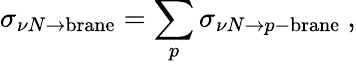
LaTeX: \sigma_{\nu N\to\mathrm{brane}}=\sum_{p}\sigma_{\nu N\to p\mathrm{-brane}}\ ,